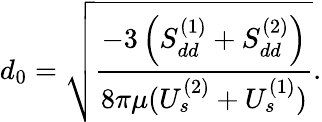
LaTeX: d_{0}=\sqrt{\frac{-3\left(S_{dd}^{(1)}+S_{dd}^{(2)}\right)}{8\pi\mu(U_{s}^{(2)}+U_{s}^{(1)})}}.